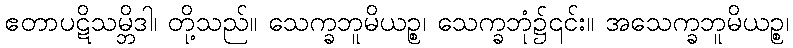
ဧတာပဋိသမ္ဘိဒါ၊ တို့သည်။ သေက္ခဘူမိယဉ္စ၊ သေက္ခဘုံ၌၎င်း။ အသေက္ခဘူမိယဉ္စ၊